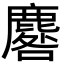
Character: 麔